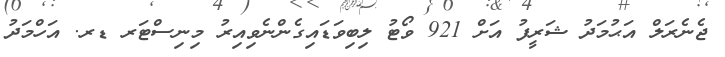
ޖެނެރަލް އަޙުމަދު ޝަރީފު އަށް 921 ވޯޓު ލިބިވަޑައިގެންނެވިއިރު މިނިސްޓަރ ޑރ. އަހްމަދު